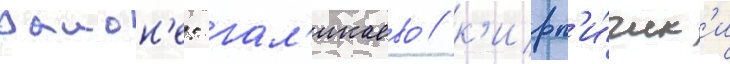
раион'е: гал'икаево / к'ирп'и́чик'и